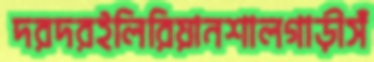
দরদরইলিরিয়ানশালগাড়ীসঁ